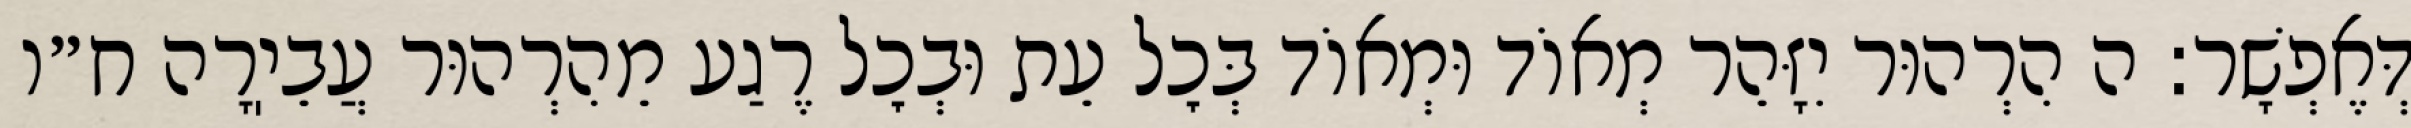
דְּאֶפְשָׁר: ה הִרְהוּר יִזָּהֵר מְאוֹד וּמְאוֹד בְּכׇל עֵת וּבְכׇל רֶגַע מֵהִרְהוּר עֲבֵיֽרָה ח״ו